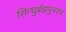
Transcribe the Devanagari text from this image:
सिन्धुर्ब्रह्मपुत्रश्च